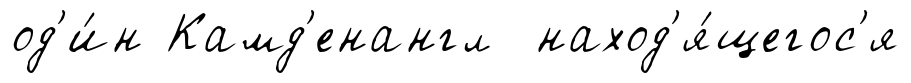
од'и́н Камд'енангл наход'я́щегос'я